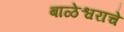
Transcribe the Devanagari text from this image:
बाळेश्वराचे